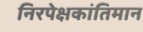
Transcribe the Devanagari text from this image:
निरपेक्षकांतिमान